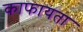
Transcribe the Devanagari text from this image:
काफायता